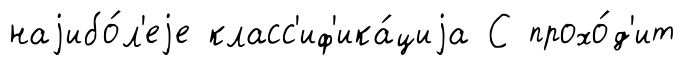
наjибо́л'еjе класс'иф'ика́циjа С прохо́д'ит